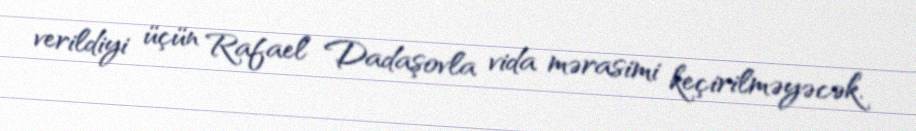
verildiyi üçün Rafael Dadaşovla vida mərasimi keçirilməyəcək.